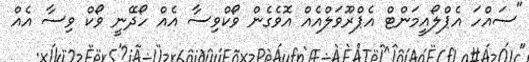
"ސައްހަ އެޕްލޯއީމަންޓް އެޕްރޫވަލްއެއް އޮވެގެން ވޯކްވިސާ އެއް ހޯދޭނީ ވޯކް ވިސާ އެއް